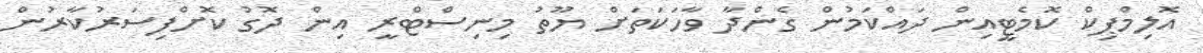
އޮލިމްޕިކް ކޮމެޓީއިން ދައްކަމުން ގެންދާ ވާހަކަތަށް ޔޫތު މިނިސްޓްރީ އިން ދޮގު ކޮށްފިސަރުކާރުން